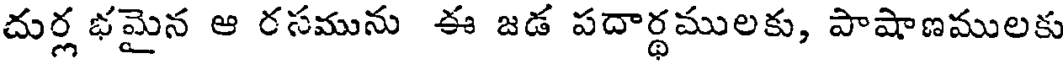
దుర్ల భమైన ఆ రసమును ఈ జడ పదార్థములకు, పాషాణములకు